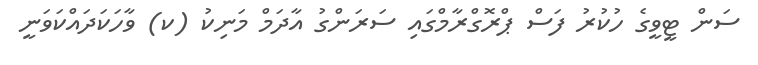
ސަން ޓީވީގެ ހުކުރު ފަސް ޕްރޮގްރާމްގައި ސަރަންގު އާދަމް މަނިކު (ކ) ވާހަކަދައްކަވަނީ